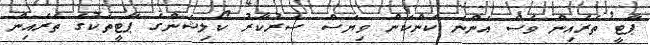
ޕާޓީ ތެރެއިން ވެސް އަންނަ ކަންކަން ވިޔަސް ސަރުކާރު ކޯލިޝަންގެ ޕާޓީތަކުގެ ތެރެއިން